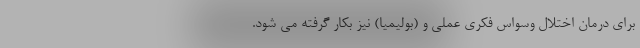
برای درمان اختلال وسواس فکری عملی و (بولیمیا) نیز بکار گرفته می شود.